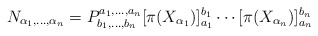
\begin{align*}N_{\alpha_1,\ldots,\alpha_n} = P_{b_1,\ldots,b_n}^{a_1,\ldots,a_n}[\pi(X_{\alpha_1})]_{a_1}^{b_1}\cdots[\pi(X_{\alpha_n})]_{a_n}^{b_n}\end{align*}